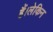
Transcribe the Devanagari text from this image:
हैं।लेकिन